Lunatic asylums in Bengal annual reports 1888-1898 - 1888-1898
Year: 1888
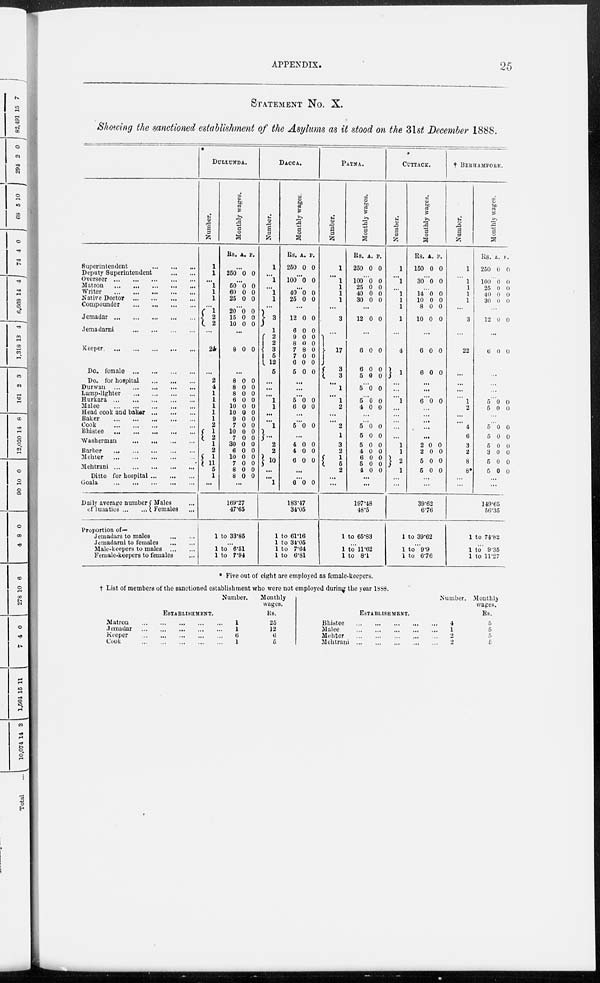
APPENDIX.
25
STATEMENT No. X.
Showing the sanctioned establishment of the Asylums as it stood on the 31st December 1888.
Superintendent
...
...
...
Deputy Superintendent
...
...
Overseer
...
...
...
...
...
Matron
...
...
...
...
...
Writer
...
...
...
...
...
Native Doctor
...
...
...
...
Compounder
...
...
...
...
Jemadar
...
...
...
...
...
Jemadarni
...
...
...
...
Keeper
...
...
...
...
...
Do. female
...
...
...
...
Do. for hospital
...
...
...
Durwan
...
...
...
...
...
Lamp-lighter
...
...
...
...
Hurkara
...
...
...
...
...
Malee
...
...
...
...
...
Head cook and bakar
...
...
...
Baker
...
...
...
...
...
Cook ... ... ... ...
Bhistee
...
...
...
...
Washerman
...
...
...
...
Barber
...
...
...
...
...
Mehter
...
...
...
...
...
Mehtrani
...
...
...
...
...
Ditto for hospital
...
...
...
Goala
...
...
...
...
...
Daily average number
of lunatics ... ...
Males ...
Females ...
Proportion of—
Jemadars to males
...
...
Jemadarni to females
...
...
Male-keepers to males
...
...
Female-keepers to females ...
DULLUNDA.
Number.
1
1
...
1
1
1
...
1
2
2
...
24
...
2
4
1
1
1
1
1
2
1
2
1
2
1
11
5
1
...
Monthly wages.
Rs. A. P.
...
250 0 0
...
50
60
25
0
0
0
0
0
0
...
20
15
10
0
0
0
0
0
0
...
8 0 0
...
8
8
8
6
10
10
9
7
10
7
30
6
10
7
8
8
0
0
0
0
0
0
0
0
0
0
0
0
0
0
0
0
0
0
0
0
0
0
0
0
0
0
0
0
0
0
0
0
...
169.27
47.65
1 to 33.85
...
1 to 6.51
1 to 7.94
DACCA.
Number.
1
...
1
...
1
1
...
3
1
2 2
3
5
12
5
...
...
...
1
1
...
...
1
...
2
2
10
...
...
1
Monthly wages
Rs.
250
A.
0
P.
0
...
100 0 0
...
40
25
0
0
0
0
...
12
6
9
8
7
7
6
5
0
0
0
0
8
0
0
0
0
0
0
0
0
0
0
0
...
...
...
5
6
0
0
0
0
...
...
5 0 0
...
4
4
6
0
0
0
0
0
0
...
...
6 0 0
183.47
34.05
1 to 61.16
1 to 34.05
1 to 7.64
1 to 6.81
PATNA.
Number.
1
...
1
1
1
1
...
3
...
17
3 3
...
1
...
1
2
...
...
2
1
3
2
1
5 2
...
...
Monthly wages.
Rs.
250
A.
0
P.
0
...
100
25
40
30
0
0
0
0
0
0
0
0
...
12 0 0
...
6
6
5
0
0
9
0
0
0
...
5* 0 0
...
5
4
0
0
0
0
...
...
5
5
5
4
6
5
4
0
0
0
0
0
0
0
0
0
0
0
0
0
0
...
...
197.48
48.5
1 to 65.83
...
1 to 11.62
1 to 8.1
CUTTACK.
Number.
1
...
1
...
1
1
1
1
...
4
1
...
...
...
1
...
...
...
...
...
1
1
2
1
...
...
Monthly wages.
Rs.
150
A.
0
P.
0
...
30 0 0
...
14
10
8
10
0
0
0
0
0
0
0
0
...
6
6
0
0
0
0
...
...
...
6 0 0
...
...
...
2
2
5
5
0
0
0
0
0
0
0
0
0
...
...
39.62
6.76
1 to 39.62
...
1 to 9.9
i to 6.76
† BERHAMPORE.
Number.
1
...
1
1
1
1
...
3
...
22
...
...
...
...
1
2
...
...
4
6
3
2
8
8*
...
...
Monthly wages.
Rs.
250
A.
0
P.
0
...
100
25
40
30
0
0
0
0
0
0
0
0
...
12 0 0
...
6 0 0
...
...
...
...
5
5
0
0
0
0
...
...
5
5
5
3
5
5
0
0
0
0
0
0
0
0
0
0
0
0
...
...
149.65
56.35
1 to 74.82
...
1 to 9.35
1 to 11.27
* Five out of eight are employed as female-keepers.
† List of members of the sanctioned establishment who were not employed during the year 1888.
ESTABLISHMENT.
Matron
...
...
...
...
...
Jemadar
...
...
...
...
...
Keeper
...
...
...
...
...
Cook
...
...
...
...
...
Number.
1
1
6
1
Monthly
wages.
Rs.
25
12
6
5
ESTABLISHMENT.
Bhistee
...
...
...
...
...
Malee
...
...
...
...
...
Mehter ... ... ... ... ...
Mehtrani
...
...
...
...
...
Number.
4
1
2
2
Monthly
wages.
Rs.
5
5
5
5